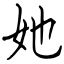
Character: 她